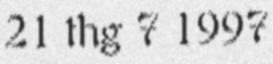
21 thg 7 1997